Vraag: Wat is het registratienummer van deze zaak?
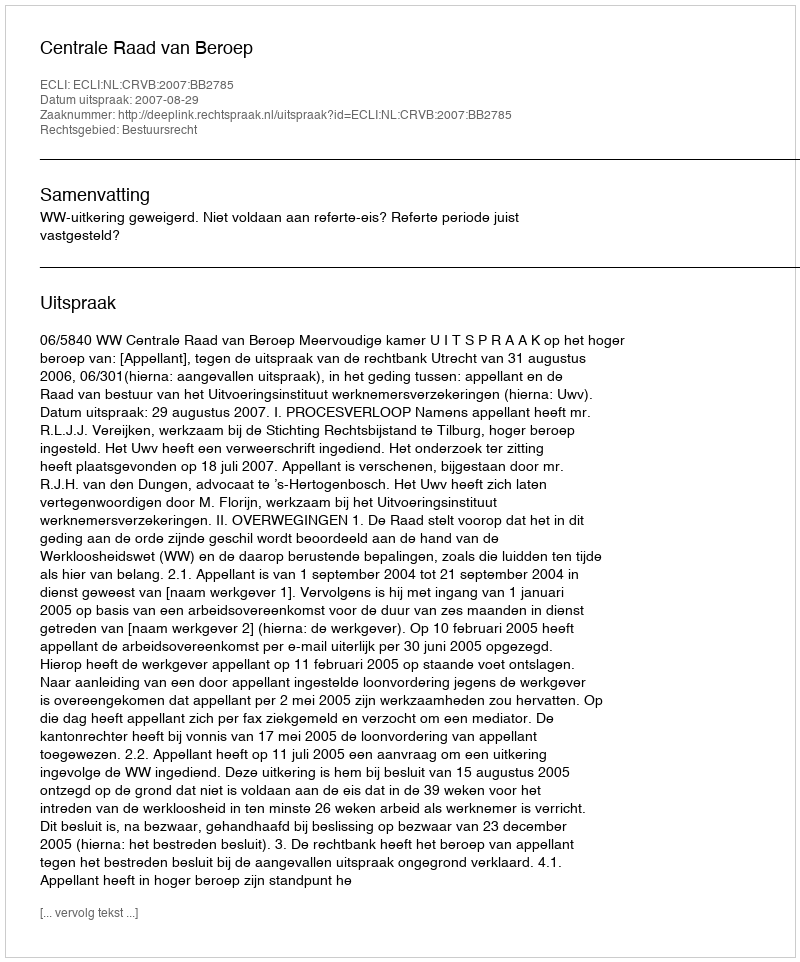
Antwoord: http://deeplink.rechtspraak.nl/uitspraak?id=ECLI:NL:CRVB:2007:BB2785